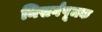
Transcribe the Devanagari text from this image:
निसर्गपूजक